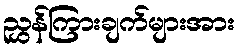
ညွှန်ကြားချက်များအား